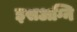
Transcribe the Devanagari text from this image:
इसअग्नि